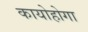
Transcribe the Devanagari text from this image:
कायोहोगा